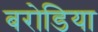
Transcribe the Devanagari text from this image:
बरोडिया